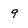
Character: 9